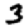
Digit: 3